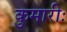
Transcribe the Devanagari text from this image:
कुमारीः